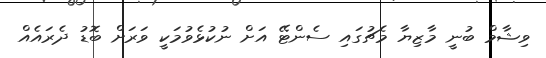
ވިޝާމް ބުނީ މާޒިޔާ މެޗުގައި ސެންޓޭ އަށް ނުކުޅެވުމަކީ ވަރަށް ބޮޑު ދެރައެއް